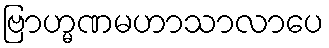
ဗြာဟ္မဏမဟာသာလာပေ